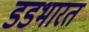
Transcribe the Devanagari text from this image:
डडभारत